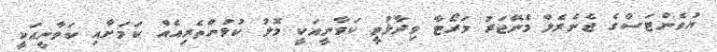
ޔުވެންޓަސްގެ ޖެނެރެލް މެނޭޖަރު މަރޯޓާ ވިދާޅުވީ ކަވާނީއަކީ މޮޅު ކުޅުންތެރިއެއް ކަމަށާއި ކަވާނީއަކީ